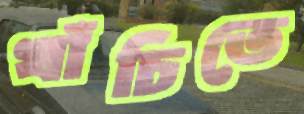
খাঁচিতে